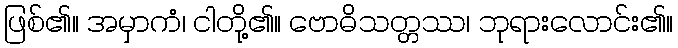
ဖြစ်၏။ အမှာကံ၊ ငါတို့၏။ ဗောဓိသတ္တဿ၊ ဘုရားလောင်း၏။